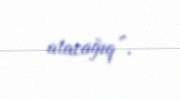
atacağıq”.